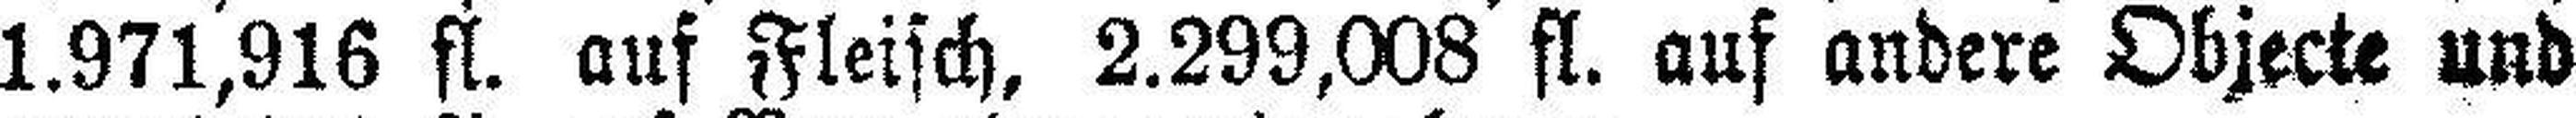
1.971,916 fl. auf Fleisch, 2.299,008 fl. auf andere Objecte und